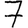
Digit: 7